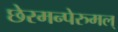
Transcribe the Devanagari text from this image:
छेरमन्पेरुमल्